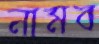
নামব